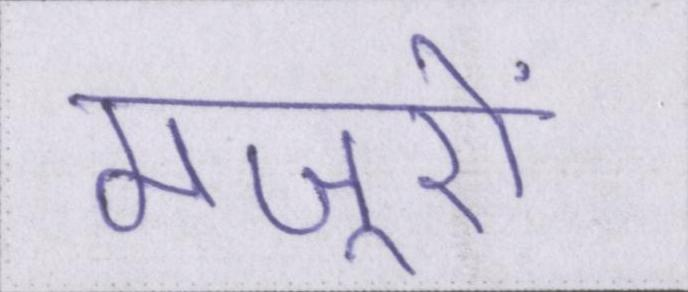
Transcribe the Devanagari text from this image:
मजूरों